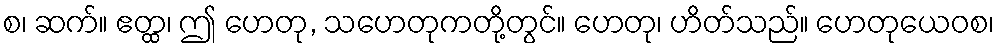
စ၊ ဆက်။ ဧတ္ထ၊ ဤ ဟေတု, သဟေတုကတို့တွင်။ ဟေတု၊ ဟိတ်သည်။ ဟေတုယေဝစ၊